Manual of the Civil Veterinary Department, Central Provinces and Berar
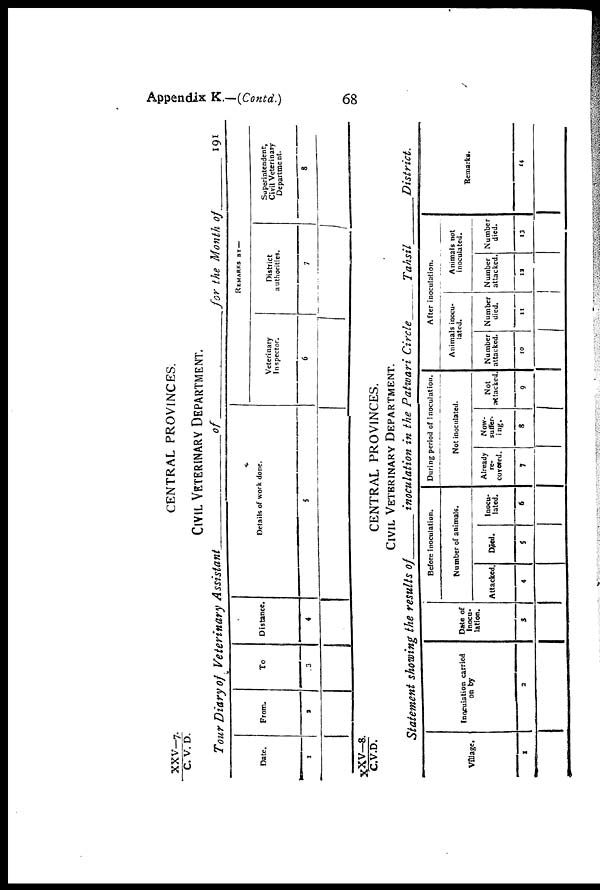
Appendix K.—(Contd.)
68
XXV—7./C. V. D.
CENTRAL PROVINCES.
CIVIL VETERINARY DEPARTMENT.
Tour Diary of Veterinary Assistant
of
for the Month
of
191
Date.
1
From.
2
To
3
Distance.
4
Details of work done.
5
REMARKS BY—
Veterinary
Inspector.
6
District
authorities.
7
Superintendent,
Civil Veterinary
Department.
8
CENTRAL PROVINCES.
CIVIL VETERINARY DEPARTMENT.
Statement showing the results of —inoculation in the Patwari Circle
Tahsil
District.
XXV—8./C.V.D.
Village.
1
Inoculation carried
on by
2
Date of
Inocu-
lation.
3
Before inoculation.
Number of animals.
Attacked.
4
Died.
5
Inocu-
lated.
6
During period of inoculation.
Not inoculated.
Already
re-
covered.
7
Now-
suffer-
ing.
8
Not
attacked.
9
After inoculation.
Animals inocu-
lated.
Number
attacked.
10
Number
died.
11
Animals not
inoculated.
Number
attacked.
12
Number
died.
13
Remarks.
14